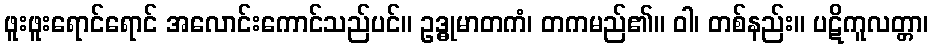
ဖူးဖူးရောင်ရောင် အလောင်းကောင်သည်ပင်။ ဥဒ္ဓုမာတကံ၊ တကမည်၏။ ဝါ၊ တစ်နည်း။ ပဋိကူလတ္တာ၊